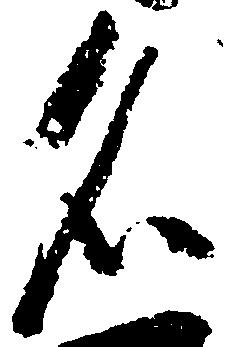
官